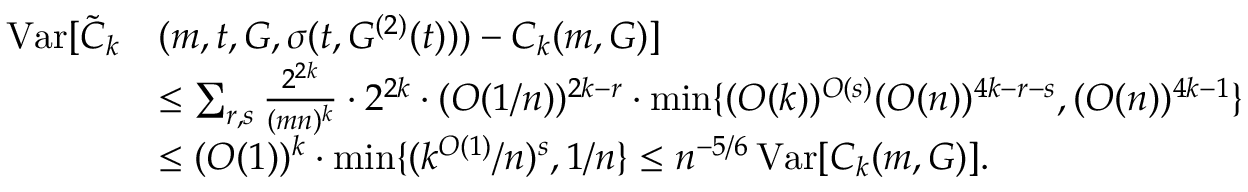
\begin{array} { r l } { \operatorname { V a r } [ \widetilde { C } _ { k } } & { ( m , t , G , \sigma ( t , G ^ { ( 2 ) } ( t ) ) ) - C _ { k } ( m , G ) ] } \\ & { \le \sum _ { r , s } \frac { 2 ^ { 2 k } } { ( m n ) ^ { k } } \cdot 2 ^ { 2 k } \cdot ( O ( 1 / n ) ) ^ { 2 k - r } \cdot \operatorname* { m i n } \{ ( O ( k ) ) ^ { O ( s ) } ( O ( n ) ) ^ { 4 k - r - s } , ( O ( n ) ) ^ { 4 k - 1 } \} } \\ & { \le ( O ( 1 ) ) ^ { k } \cdot \operatorname* { m i n } \{ ( k ^ { O ( 1 ) } / n ) ^ { s } , 1 / n \} \le n ^ { - 5 / 6 } \operatorname { V a r } [ C _ { k } ( m , G ) ] . } \end{array}